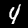
Label: 4